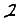
Digit: 2